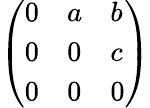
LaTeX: \left(\begin{array}{lll}{0}&{a}&{b}\\ {0}&{0}&{c}\\ {0}&{0}&{0}\end{array}\right)